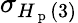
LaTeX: \sigma_{H_{\mathrm{~p~}}(3)}